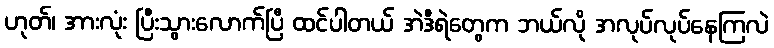
ဟုတ်၊ အားလုံး ပြီးသွားလောက်ပြီ ထင်ပါတယ် အဲဒီရဲတွေက ဘယ်လို အလုပ်လုပ်နေကြလဲ